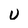
Character: U